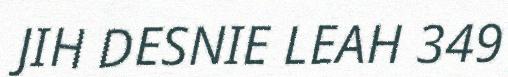
JIH DESNIE LEAH 349